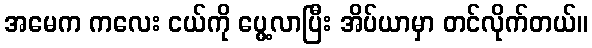
အမေက ကလေး ငယ်ကို ပွေ့လာပြီး အိပ်ယာမှာ တင်လိုက်တယ်။